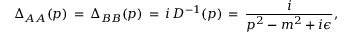
\Delta _ { A A } ( p ) \, = \, \Delta _ { B B } ( p ) \, = \, i \, { \cal D } ^ { - 1 } ( p ) \, = \, \frac { i } { p ^ { 2 } - m ^ { 2 } + i \epsilon } ,